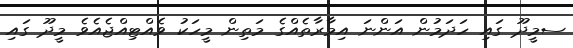
ސމީދޫ ގައި ހަދަމުން އަންނަ އިމާރާތެއްގެ މަތިން މީހަކު ވެއްޓިއްޖެއެވެ މީދޫ ގައި